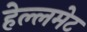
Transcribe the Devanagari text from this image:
हेल्लमेट